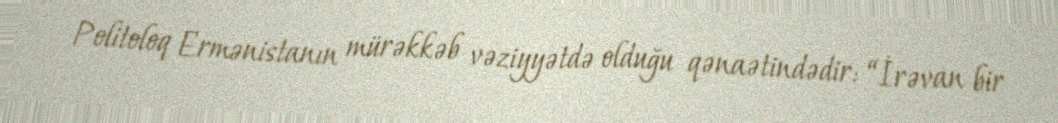
Politoloq Ermənistanın mürəkkəb vəziyyətdə olduğu qənaətindədir: “İrəvan bir